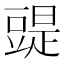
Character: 䜻